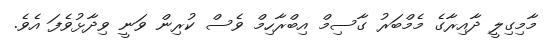
މާމިގިލީ ދާއިރާގެ މެމްބަރު ގާސިމް އިބްރާހިމް ވެސް ކުރިން ވަނީ ވިދާޅުވެފަ އެވެ.